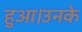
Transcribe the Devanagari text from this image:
हुआ।उनके